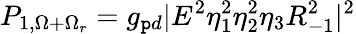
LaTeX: P_{1,\Omega+\Omega_{r}}=g_{\mathtt{p}d}|E^{2}\eta_{1}^{2}\eta_{2}^{2}\eta_{3}R_{-1}^{2}|^{2}